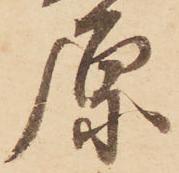
原